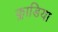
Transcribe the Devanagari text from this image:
क्लाडिया